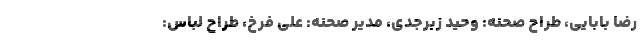
رضا بابایی، طراح صحنه: وحید زبرجدی، مدیر صحنه: علی فرخ، طراح لباس: